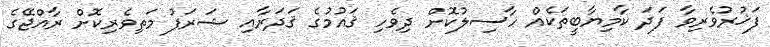
ފަޚުރުވެރިވާ ފަދަ ކާމިޔާބީތަކެއް ހާސިލުކޮށް ދިވެހި ޤައުމުގެ ޤަދަރާއި ޝަރަފު މަތިވެރިކޮށް ރާއްޖޭގެ